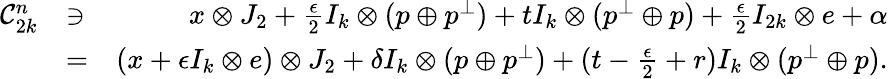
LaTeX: \begin{array}{rlr}{\mathcal{C}_{2k}^{n}}&{\ni}&{x\otimes J_{2}+\frac{\epsilon}{2}I_{k}\otimes(p\oplus p^{\perp})+tI_{k}\otimes(p^{\perp}\oplus p)+\frac{\epsilon}{2}I_{2k}\otimes e+\alpha}\\ &{=}&{(x+\epsilon I_{k}\otimes e)\otimes J_{2}+\delta I_{k}\otimes(p\oplus p^{\perp})+(t-\frac{\epsilon}{2}+r)I_{k}\otimes(p^{\perp}\oplus p).}\end{array}